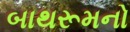
બાથરૂમનો